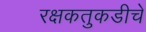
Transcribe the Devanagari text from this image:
रक्षकतुकडीचे